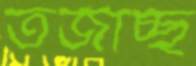
তর্জাচ্ছ